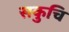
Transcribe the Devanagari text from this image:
सकुचि